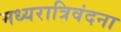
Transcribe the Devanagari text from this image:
मध्यरात्रिवंदना